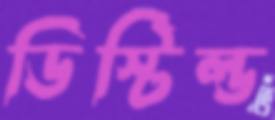
ডিস্টিল্ড